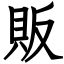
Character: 販